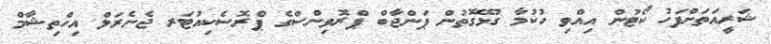
ޝަރީއަތަށްފަހު ކޯޓުން އިއްވި ހުކުމާ ގުޅޭގޮތުން ޕަންޖާބް ޕްރޮވިންސްގެ ޕްރޮސެކިއުޓަރ ޖެނެރަލް އިހްތިޝާމް